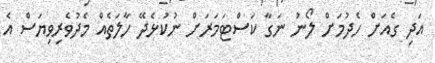
އަދި ގެއަށް ހެދުމަށް ލޯނު ނަގާ ކަސްޓަމަރަށް ނުކުޅެދޭ ހާލަތެއް މެދުވެރިވިޔަސް އެ